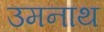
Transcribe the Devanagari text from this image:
उमनाथ